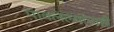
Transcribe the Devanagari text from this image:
पावलेल्यांनाही